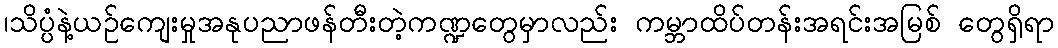
၊သိပ္ပံနဲ့ယဉ်ကျေးမှုအနုပညာဖန်တီးတဲ့ကဏ္ဍတွေမှာလည်း ကမ္ဘာထိပ်တန်းအရင်းအမြစ် တွေရှိရာ